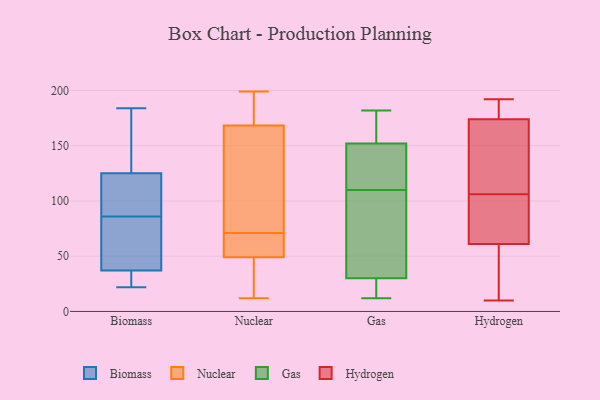
{"axis": {"x": "Market Share (%)", "y": "Value"}, "legend": ["Biomass", "Gas", "Hydrogen", "Nuclear"], "data": [{"x": "", "y": 184, "type": "Biomass"}, {"x": "", "y": 70, "type": "Biomass"}, {"x": "", "y": 118, "type": "Biomass"}, {"x": "", "y": 24, "type": "Biomass"}, {"x": "", "y": 22, "type": "Biomass"}, {"x": "", "y": 163, "type": "Biomass"}, {"x": "", "y": 37, "type": "Biomass"}, {"x": "", "y": 22, "type": "Biomass"}, {"x": "", "y": 147, "type": "Biomass"}, {"x": "", "y": 106, "type": "Biomass"}, {"x": "", "y": 149, "type": "Biomass"}, {"x": "", "y": 45, "type": "Biomass"}, {"x": "", "y": 45, "type": "Biomass"}, {"x": "", "y": 66, "type": "Biomass"}, {"x": "", "y": 33, "type": "Biomass"}, {"x": "", "y": 125, "type": "Biomass"}, {"x": "", "y": 115, "type": "Biomass"}, {"x": "", "y": 102, "type": "Biomass"}, {"x": "", "y": 171, "type": "Nuclear"}, {"x": "", "y": 192, "type": "Nuclear"}, {"x": "", "y": 189, "type": "Nuclear"}, {"x": "", "y": 25, "type": "Nuclear"}, {"x": "", "y": 64, "type": "Nuclear"}, {"x": "", "y": 39, "type": "Nuclear"}, {"x": "", "y": 190, "type": "Nuclear"}, {"x": "", "y": 71, "type": "Nuclear"}, {"x": "", "y": 115, "type": "Nuclear"}, {"x": "", "y": 22, "type": "Nuclear"}, {"x": "", "y": 12, "type": "Nuclear"}, {"x": "", "y": 199, "type": "Nuclear"}, {"x": "", "y": 70, "type": "Nuclear"}, {"x": "", "y": 70, "type": "Nuclear"}, {"x": "", "y": 71, "type": "Nuclear"}, {"x": "", "y": 106, "type": "Nuclear"}, {"x": "", "y": 44, "type": "Nuclear"}, {"x": "", "y": 160, "type": "Nuclear"}, {"x": "", "y": 65, "type": "Nuclear"}, {"x": "", "y": 27, "type": "Gas"}, {"x": "", "y": 21, "type": "Gas"}, {"x": "", "y": 37, "type": "Gas"}, {"x": "", "y": 149, "type": "Gas"}, {"x": "", "y": 98, "type": "Gas"}, {"x": "", "y": 80, "type": "Gas"}, {"x": "", "y": 171, "type": "Gas"}, {"x": "", "y": 152, "type": "Gas"}, {"x": "", "y": 18, "type": "Gas"}, {"x": "", "y": 182, "type": "Gas"}, {"x": "", "y": 164, "type": "Gas"}, {"x": "", "y": 12, "type": "Gas"}, {"x": "", "y": 172, "type": "Gas"}, {"x": "", "y": 131, "type": "Gas"}, {"x": "", "y": 30, "type": "Gas"}, {"x": "", "y": 122, "type": "Gas"}, {"x": "", "y": 57, "type": "Gas"}, {"x": "", "y": 150, "type": "Gas"}, {"x": "", "y": 56, "type": "Hydrogen"}, {"x": "", "y": 76, "type": "Hydrogen"}, {"x": "", "y": 56, "type": "Hydrogen"}, {"x": "", "y": 54, "type": "Hydrogen"}, {"x": "", "y": 168, "type": "Hydrogen"}, {"x": "", "y": 105, "type": "Hydrogen"}, {"x": "", "y": 179, "type": "Hydrogen"}, {"x": "", "y": 141, "type": "Hydrogen"}, {"x": "", "y": 192, "type": "Hydrogen"}, {"x": "", "y": 176, "type": "Hydrogen"}, {"x": "", "y": 10, "type": "Hydrogen"}, {"x": "", "y": 83, "type": "Hydrogen"}, {"x": "", "y": 190, "type": "Hydrogen"}, {"x": "", "y": 106, "type": "Hydrogen"}, {"x": "", "y": 147, "type": "Hydrogen"}]}